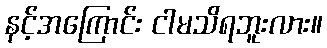
နင့်အကြောင်း ငါမသိရဘူးလား။